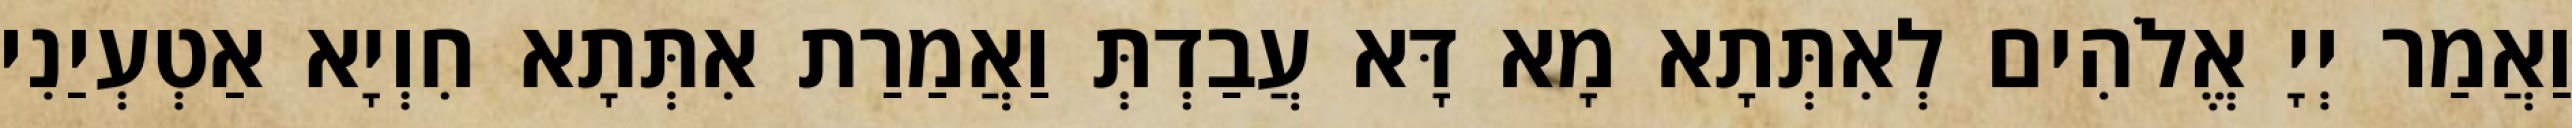
וַאֲמַר יְיָ אֱלֹהִים לְאִתְּתָא מָא דָּא עֲבַדְתְּ וַאֲמַרַת אִתְּתָא חִוְיָא אַטְעְיַנִי